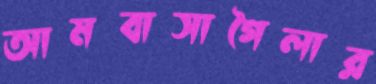
আমবাসাগৈলার